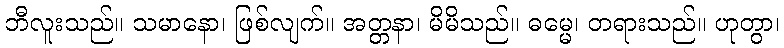
ဘီလူးသည်။ သမာနော၊ ဖြစ်လျက်။ အတ္တနာ၊ မိမိသည်။ ဓမ္မေ၊ တရားသည်။ ဟုတွာ၊